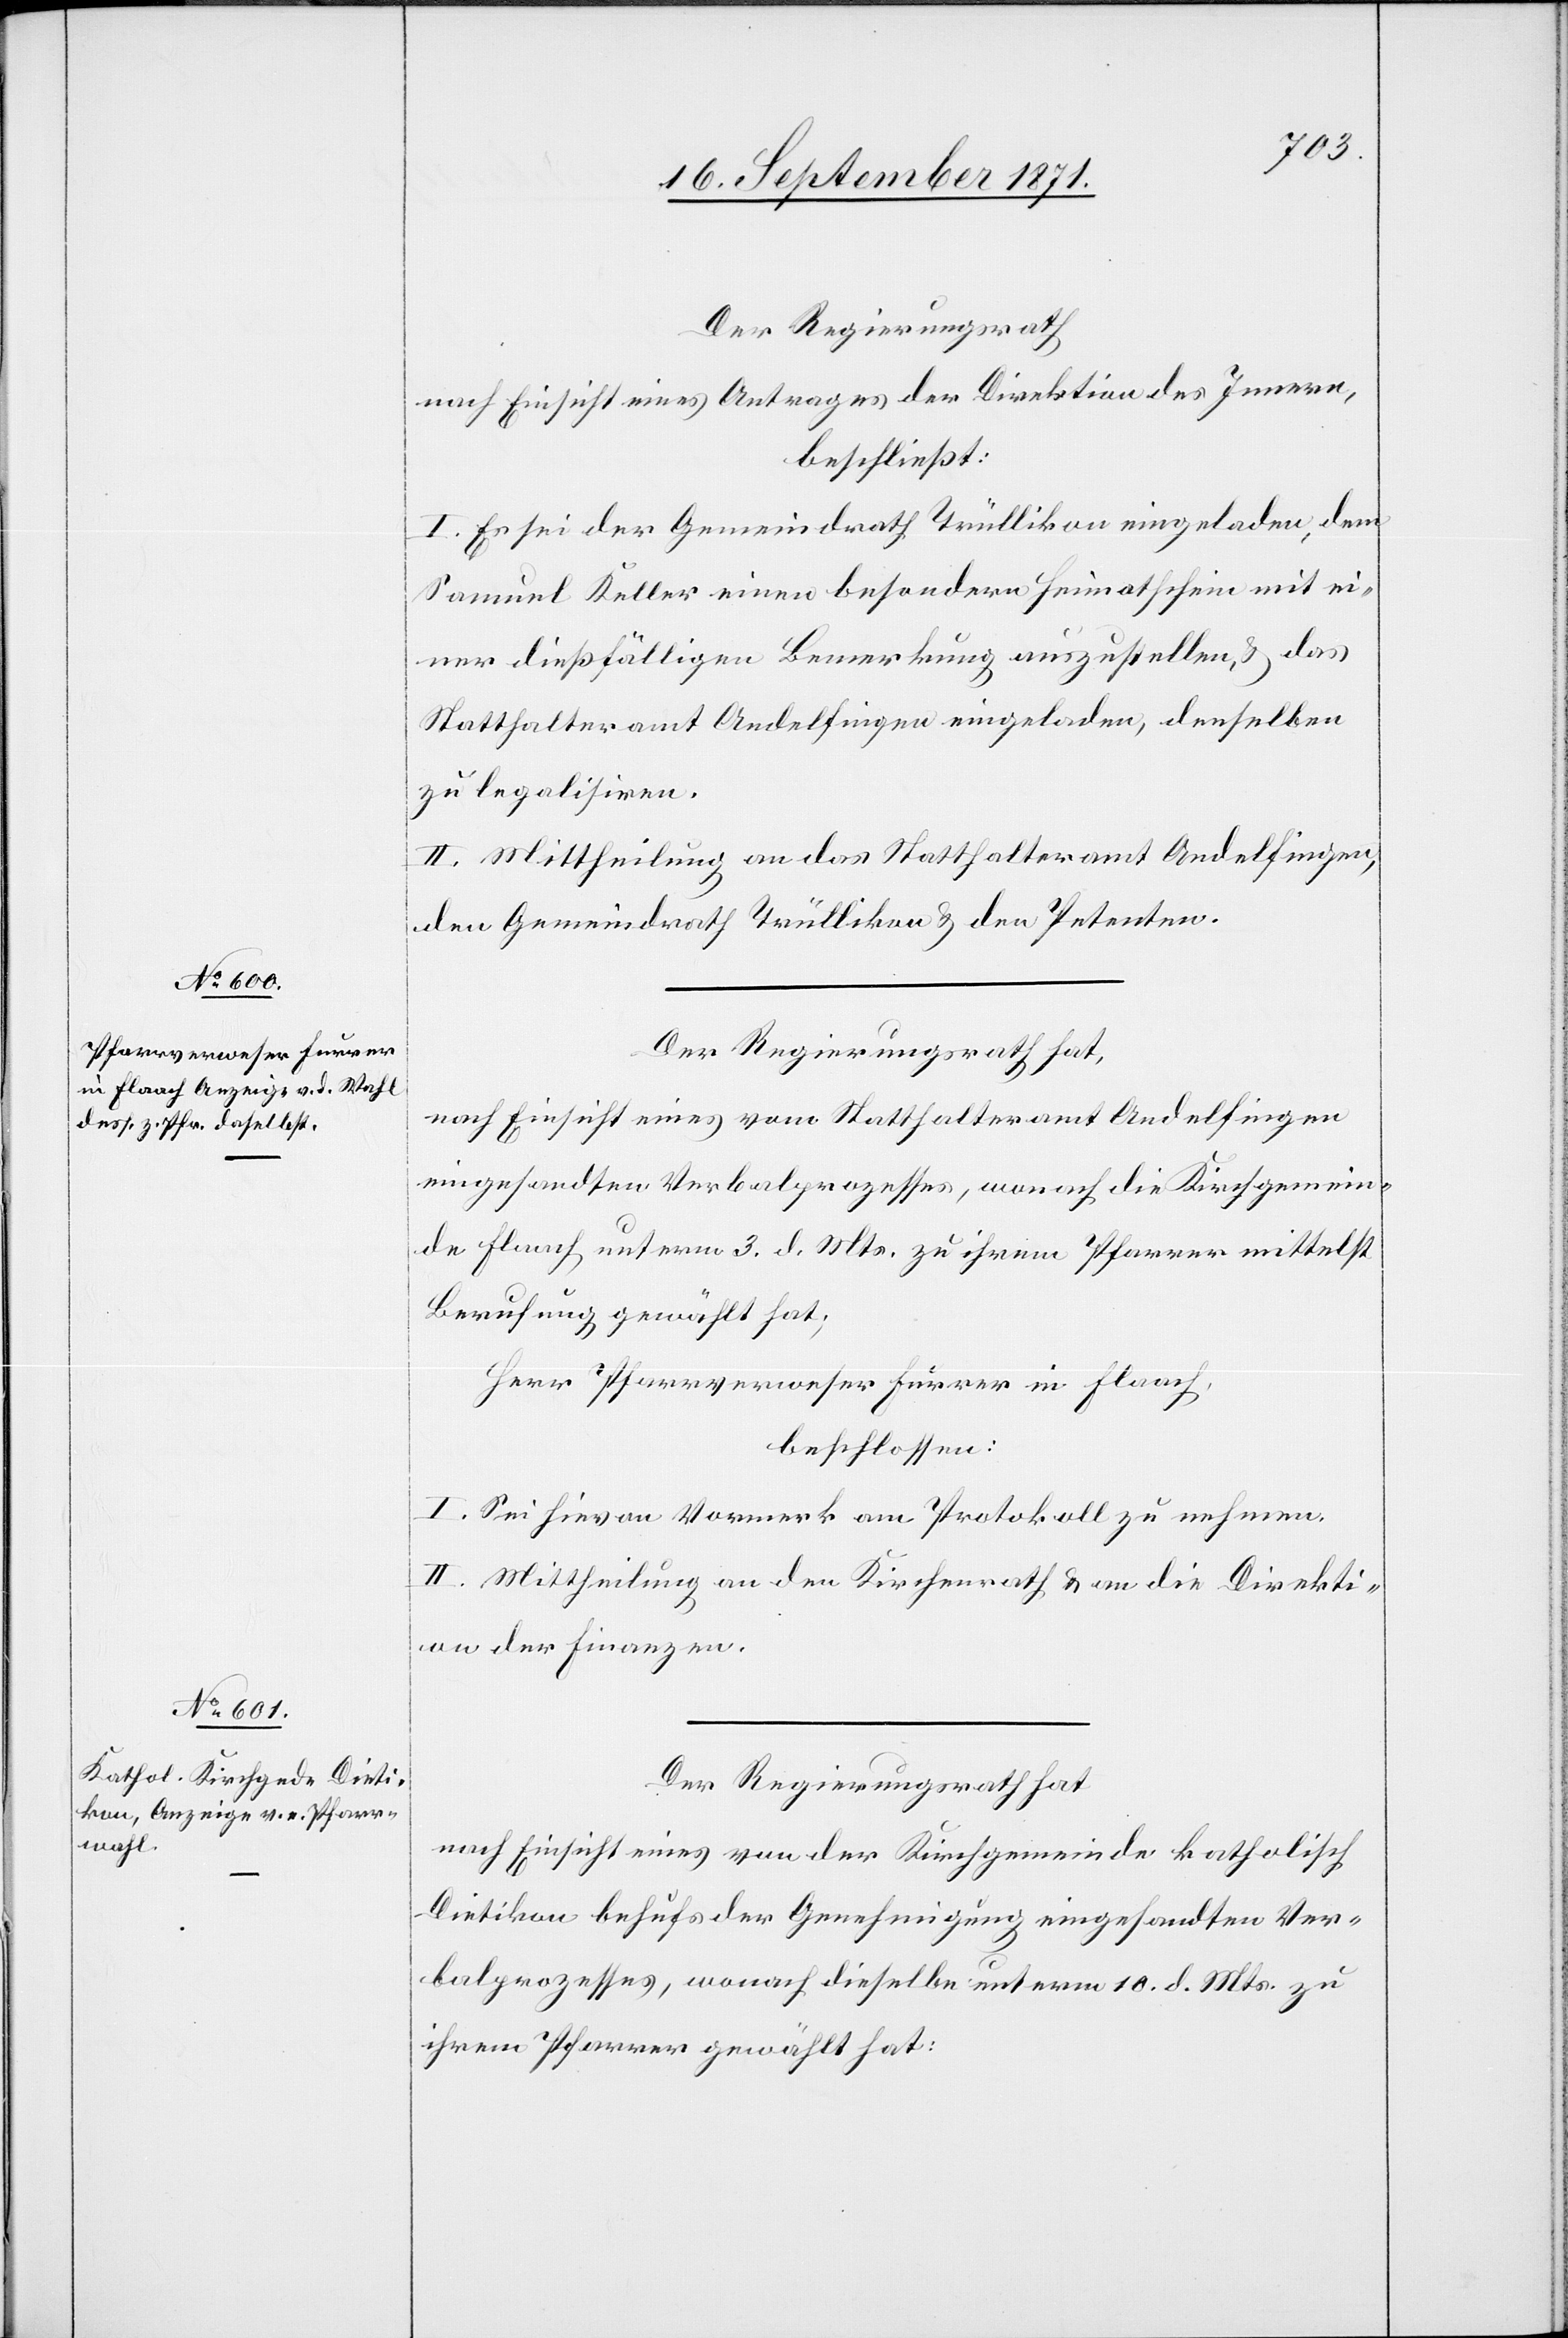
Der Regierungsrath
nach Einsicht eines Antrages der Direktion des Innern,
beschließt:
I. Es sei der Gemeindrath Trüllikon einzuladen, dem
Samuel Keller einen besondern Heimatschein mit ei¬
ner dießfälligen Bemerkung auszustellen, & das
Statthalteramt Andelfingen eingeladen, denselben
zu legalisiren.
II. Mittheilung an das Statthalteramt Andelfingen,
den Gemeindrath Trüllikon & den Petenten.
Der Regierungsrath hat,
nach Einsicht eines vom Statthalteramt Andelfingen
eingesandten Verbalprozesses, wonach die Kirchgemein¬
de Flaach unterm 3. d. Mts. zu ihrem Pfarrer mittelst
Berufung gewählt hat;
Herr Pfarrverweser Furrer in Flaach,
beschlossen:
I. Sei hievon Vormerk am Protokoll zu nehmen.
II. Mittheilung an den Kirchenrath & an die Direkti¬
on der Finanzen.
Der Regierungsrath hat
nach Einsicht eines von der Kirchgemeinde katholisch
Dietikon behufs der Genehmigung eingesandten Ver¬
balprozesses, wonach dieselbe unterm 10. d. Mts. zu
ihrem Pfarrer gewählt hat: